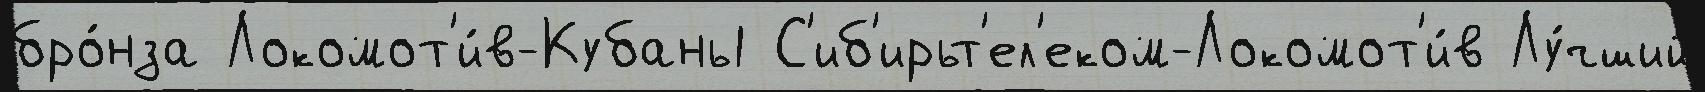
бро́нза Локомот'и́в-Кубань1 С'иб'ирьт'ел'еком-Локомот'и́в Лу́чший